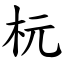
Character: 杬